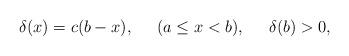
LaTeX: \begin{align*}\delta(x) = c(b-x),\;\;\;\;\;(a\leq x< b), \;\;\;\;\;\delta(b)>0,\end{align*}